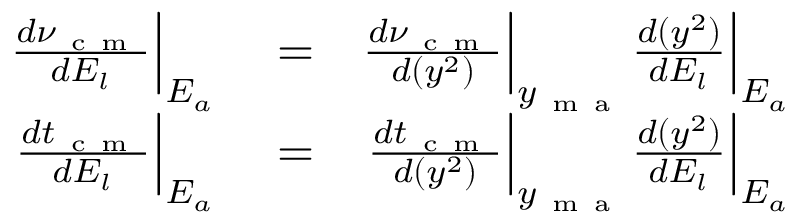
\begin{array} { r l r } { \frac { d \nu _ { \mathrm { ~ c ~ m ~ } } } { d E _ { l } } \Big | _ { E _ { a } } } & { { } = } & { \frac { d \nu _ { \mathrm { ~ c ~ m ~ } } } { d ( y ^ { 2 } ) } \Big | _ { y _ { \mathrm { ~ m ~ a ~ } } } \frac { d ( y ^ { 2 } ) } { d E _ { l } } \Big | _ { E _ { a } } } \\ { \frac { d t _ { \mathrm { ~ c ~ m ~ } } } { d E _ { l } } \Big | _ { E _ { a } } } & { { } = } & { \frac { d t _ { \mathrm { ~ c ~ m ~ } } } { d ( y ^ { 2 } ) } \Big | _ { y _ { \mathrm { ~ m ~ a ~ } } } \frac { d ( y ^ { 2 } ) } { d E _ { l } } \Big | _ { E _ { a } } } \end{array}